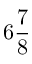
6 \frac 7 8